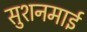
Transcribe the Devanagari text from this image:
सुशनमाई